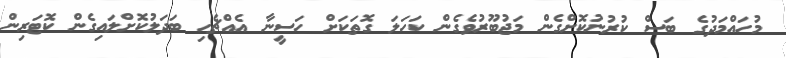
މުހައްމަދުގެ ބަސް ކުރުނުކޮށްގެން މަޖުބޫރުވެގެން ކަހަލަ ގޮތަކަށް ހަސީނާ އެއްޗެހި ބަދަލުކޮށްލައިގެން ކޮޓަރިން